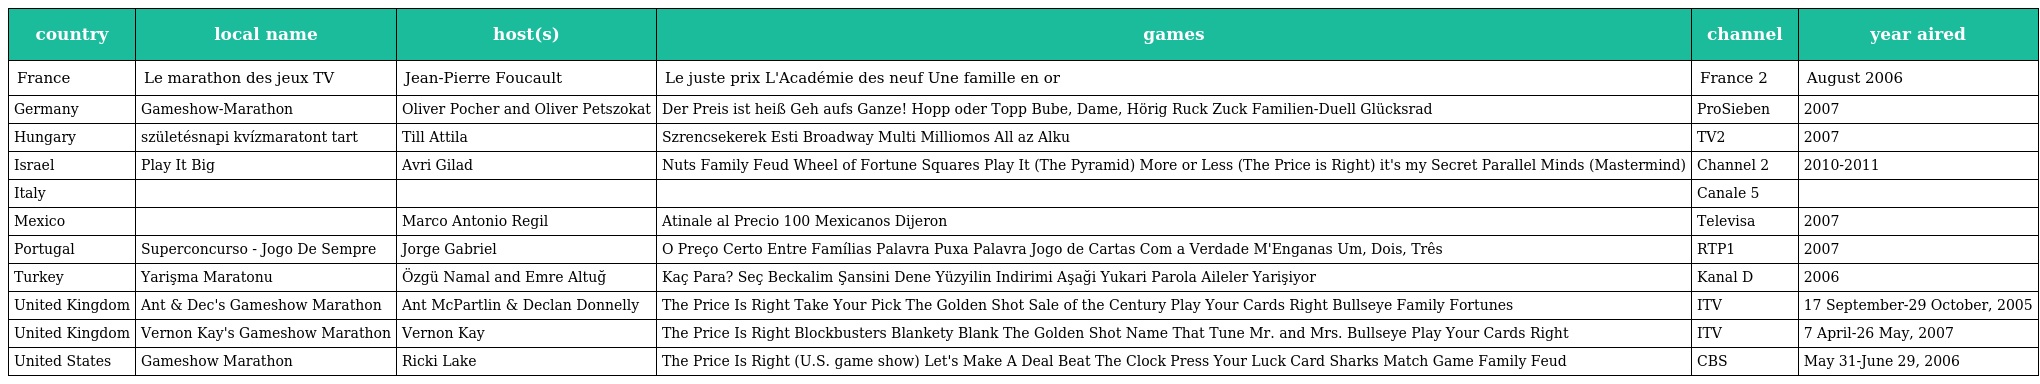
| country | local name | host(s) | games | channel | year aired |
 | --- | --- | --- | --- | --- | --- |
 | France | Le marathon des jeux TV | Jean-Pierre Foucault | Le juste prix L'Académie des neuf Une famille en or | France 2 | August 2006 |
 | Germany | Gameshow-Marathon | Oliver Pocher and Oliver Petszokat | Der Preis ist heiß Geh aufs Ganze! Hopp oder Topp Bube, Dame, Hörig Ruck Zuck Familien-Duell Glücksrad | ProSieben | 2007 |
 | Hungary | születésnapi kvízmaratont tart | Till Attila | Szrencsekerek Esti Broadway Multi Milliomos All az Alku | TV2 | 2007 |
 | Israel | Play It Big | Avri Gilad | Nuts Family Feud Wheel of Fortune Squares Play It (The Pyramid) More or Less (The Price is Right) it's my Secret Parallel Minds (Mastermind) | Channel 2 | 2010-2011 |
 | Italy |  |  |  | Canale 5 |  |
 | Mexico |  | Marco Antonio Regil | Atinale al Precio 100 Mexicanos Dijeron | Televisa | 2007 |
 | Portugal | Superconcurso - Jogo De Sempre | Jorge Gabriel | O Preço Certo Entre Famílias Palavra Puxa Palavra Jogo de Cartas Com a Verdade M'Enganas Um, Dois, Três | RTP1 | 2007 |
 | Turkey | Yarişma Maratonu | Özgü Namal and Emre Altuğ | Kaç Para? Seç Beckalim Şansini Dene Yüzyilin Indirimi Aşaği Yukari Parola Aileler Yarişiyor | Kanal D | 2006 |
 | United Kingdom | Ant & Dec's Gameshow Marathon | Ant McPartlin & Declan Donnelly | The Price Is Right Take Your Pick The Golden Shot Sale of the Century Play Your Cards Right Bullseye Family Fortunes | ITV | 17 September-29 October, 2005 |
 | United Kingdom | Vernon Kay's Gameshow Marathon | Vernon Kay | The Price Is Right Blockbusters Blankety Blank The Golden Shot Name That Tune Mr. and Mrs. Bullseye Play Your Cards Right | ITV | 7 April-26 May, 2007 |
 | United States | Gameshow Marathon | Ricki Lake | The Price Is Right (U.S. game show) Let's Make A Deal Beat The Clock Press Your Luck Card Sharks Match Game Family Feud | CBS | May 31-June 29, 2006 |